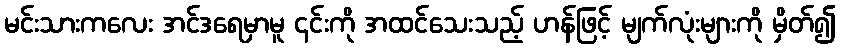
မင်းသားကလေး အင်ဒရေမှာမူ ၎င်းကို အထင်သေးသည့် ဟန်ဖြင့် မျက်လုံးများကို မှိတ်၍